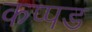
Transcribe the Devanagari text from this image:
कप्पड